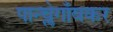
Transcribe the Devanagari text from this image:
पान्च्लेगाँवकर